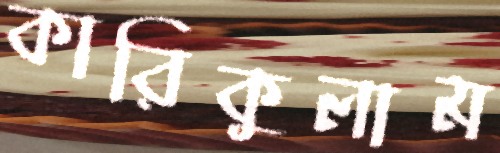
কারিকুলাম